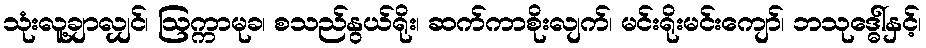
သုံးလူ့ချာလျှင်၊ ဩက္ကာမုခ၊ စသည်နွယ်ရိုး၊ ဆက်ကာစိုးလျက်၊ မင်းရိုးမင်းကျော်၊ ဘသုဒ္ဓေါ်နှင့်၊